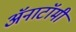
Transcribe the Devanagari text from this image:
अॅनाटॉमी